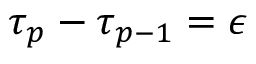
\tau _ { p } - \tau _ { p - 1 } = \epsilon